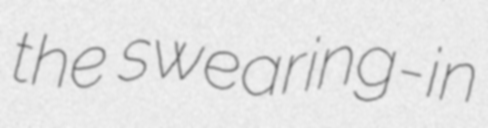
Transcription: the swearing-in